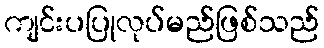
ကျင်းပပြုလုပ်မည်ဖြစ်သည်